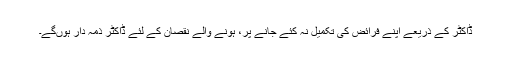
ڈاکٹر کے ذریعے اپنے فرائض کی تکمیل نہ کئے جانے پر، ہونے والے نقصان کے لئے ڈاکٹر ذمہ دار ہوں‌گے۔